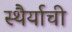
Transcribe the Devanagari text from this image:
स्थैर्याची